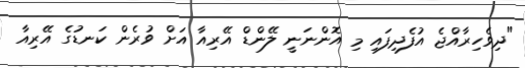
"ދިވެހިރާއްޖެ އުފެދިފައި މި އޮންނަނީ ލޭންޑް އޭރިއާ އަށް ވުރެން ކަނޑުގެ އޭރިއާ